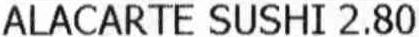
ALACARTE SUSHI 2.80